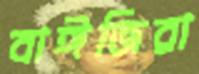
বাঈজিরা